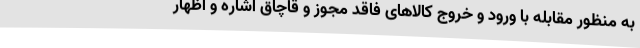
به منظور مقابله با ورود و خروج کالاهای فاقد مجوز و قاچاق اشاره و اظهار